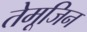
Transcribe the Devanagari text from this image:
तेमूजिन